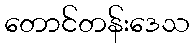
တောင်တန်းဒေသ